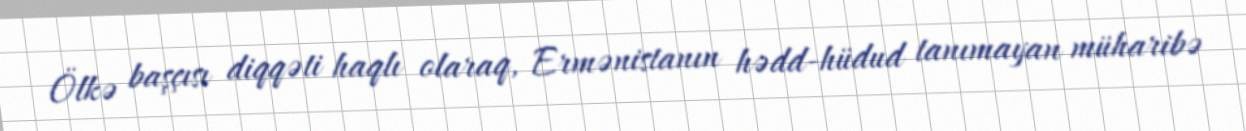
Ölkə başçısı diqqəti haqlı olaraq, Ermənistanın hədd-hüdud tanımayan müharibə